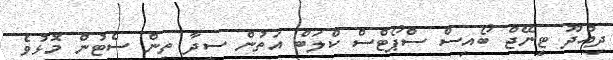
ދިއްދޫ ޓީނޭޖް ބޯއިސް ސްޕޯޓްސް ކްލަބް އަތުން ސީދާ ތިން ސެޓުން މޮޅުވެ